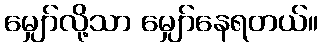
မျှော်လို့သာ မျှော်နေရတယ်။